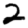
Digit: 2